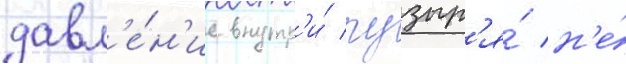
давл'е́н'ие внутр'и́ пузыр'я́ н'е́